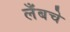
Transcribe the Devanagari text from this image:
लँबचे